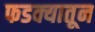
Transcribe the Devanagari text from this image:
फडक्यातून